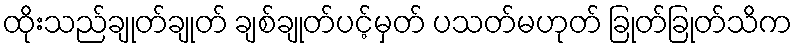
ထိုးသည်ချုတ်ချုတ် ချစ်ချုတ်ပင့်မှတ် ပသတ်မဟုတ် ခြုတ်ခြုတ်သိက